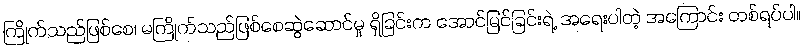
ကြိုက်သည်ဖြစ်စေ၊ မကြိုက်သည်ဖြစ်စေဆွဲဆောင်မှု ရှိခြင်းက အောင်မြင်ခြင်းရဲ့ အရေးပါတဲ့ အကြောင်း တစ်ရပ်ပါ။